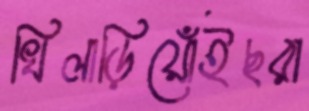
খিলাড়িয়োঁইছরা